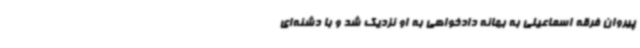
پیروان فرقه اسماعیلی به بهانه دادخواهی به او نزدیک شد و با دشنه‌ای